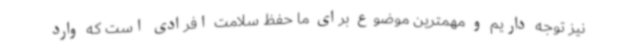
نیز توجه داریم و مهمترین موضوع برای ما حفظ سلامت افرادی است که وارد